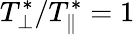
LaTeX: T_{\perp}^{*}/T_{\| }^{*}=1